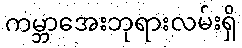
ကမ္ဘာအေးဘုရားလမ်းရှိ